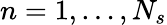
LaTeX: n=1,\dots,N_{s}